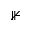
\nVdash